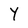
Character: y